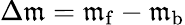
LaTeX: \Delta{\mathfrak{m}}=\mathfrak{m}_{\mathrm{{f}}}-\mathfrak{m}_{\mathrm{{b}}}